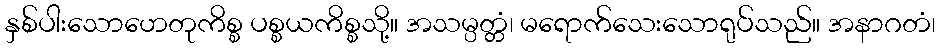
နှစ်ပါးသောဟေတုကိစ္စ ပစ္စယကိစ္စသို့။ အသမ္ပတ္တံ၊ မရောက်သေးသောရုပ်သည်။ အနာဂတံ၊